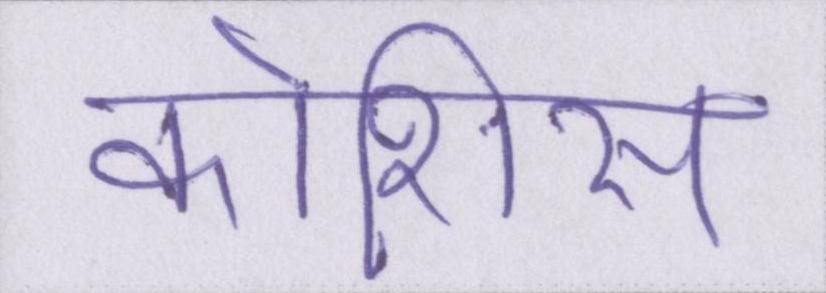
कोशिस